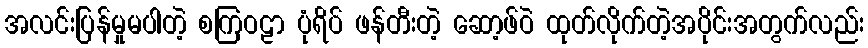
အလင်းပြန်မှုမပါတဲ့ စကြဝဠာ ပုံရိပ် ဖန်တီးတဲ့ ဆော့ဖ်ဝဲ ထုတ်လိုက်တဲ့အပိုင်းအတွက်လည်း